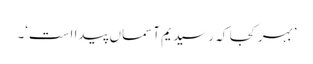
’بہر کجا کہ رسید یم آسماں پیدا است‘۔